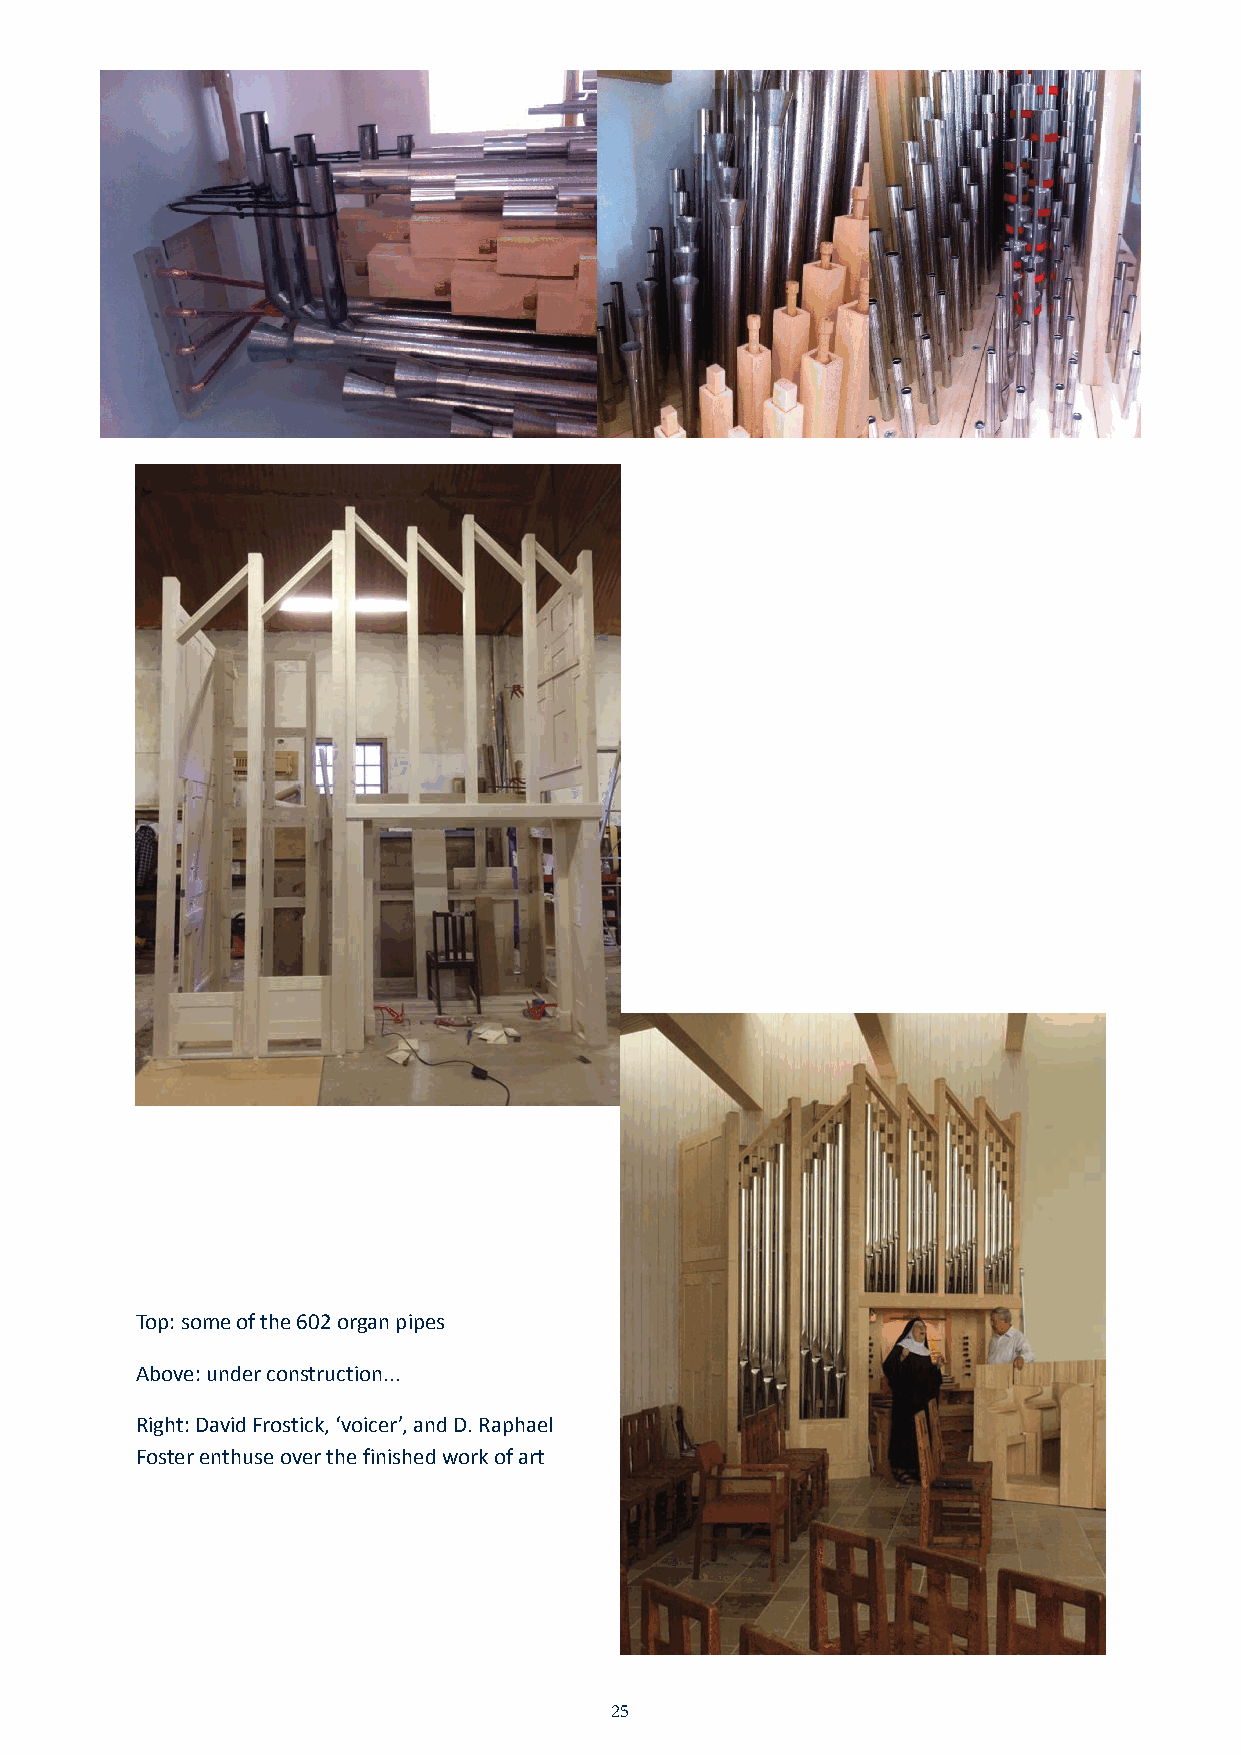
JN40870_Stanbrook 32pp Inners_Layout 1 18/11/2015 14:10 Page 25
 Top: some of the 602 organ pipes
 Above: under construction...
 Right: David Frostick, ‘voicer’, and D. Raphael
 Foster enthuse over the finished work of art
 25